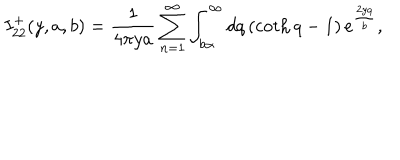
I _ { 2 2 } ^ { + } ( y , a , b ) = \frac { 1 } { 4 \pi y a } \sum _ { n = 1 } ^ { \infty } \int _ { b \alpha } ^ { \infty } d q \left( \coth q - 1 \right) e ^ { \frac { 2 y q } { b } } ,